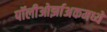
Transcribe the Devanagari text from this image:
पॉलीओर्झाअकमध्ये